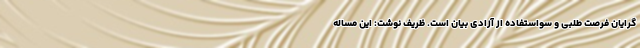
گرایان فرصت طلبی و سواستفاده از آزادی بیان است. ظریف نوشت: این مساله